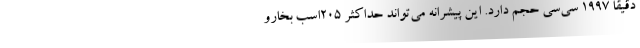
دقیقاً 1997 سی‌سی حجم دارد. این پیشرانه می‌تواند حداکثر 205اسب بخارو